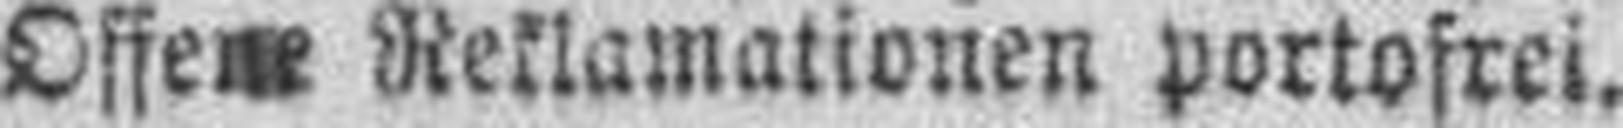
Offene Reklamationen portofrei.